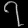
Digit: ၇